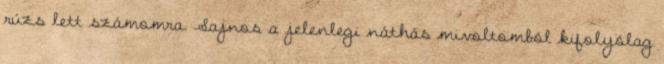
rúzs lett számomra. Sajnos a jelenlegi náthás mivoltomból kifolyólag